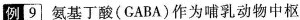
例9 氨基丁酸(GABA)作为哺乳动物中枢